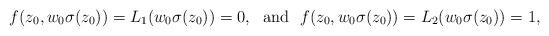
LaTeX: \begin{align*}f(z_0, w_0\sigma(z_0)) = L_1(w_0\sigma(z_0)) = 0, ~~\mbox{and}~~ f(z_0, w_0\sigma(z_0))= L_2(w_0\sigma(z_0)) = 1,\end{align*}